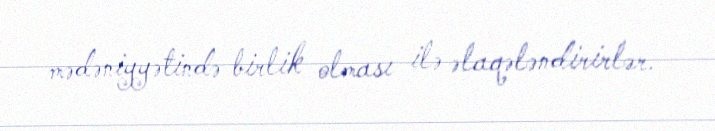
mədəniyyətində birlik olması ilə əlaqələndirirlər.